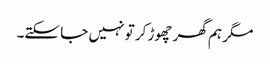
مگر ہم گھر چھوڑ کر تو نہیں جا سکتے۔